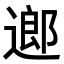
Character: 𨖅